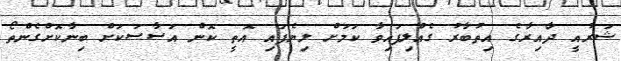
ޝަރުއީ ދާއިރާގެ އިތުބާރު ގެއްލިފައިވާ ކަމަށް ލިޔެފައި އޮތީ ކޮން އަސާސަކަށް ބިނާކޮށްގެންތޯ